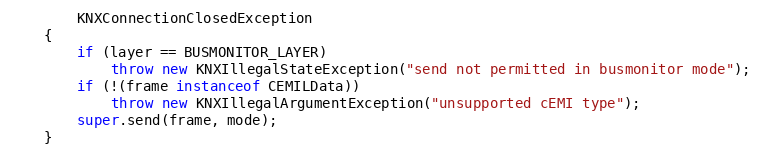
Language: Java
		KNXConnectionClosedException
	{
		if (layer == BUSMONITOR_LAYER)
			throw new KNXIllegalStateException("send not permitted in busmonitor mode");
		if (!(frame instanceof CEMILData))
			throw new KNXIllegalArgumentException("unsupported cEMI type");
		super.send(frame, mode);
	}